Civil Veterinary Department Bihar & Orissa reports 1929-36 - 1929-1936
Year: 1929
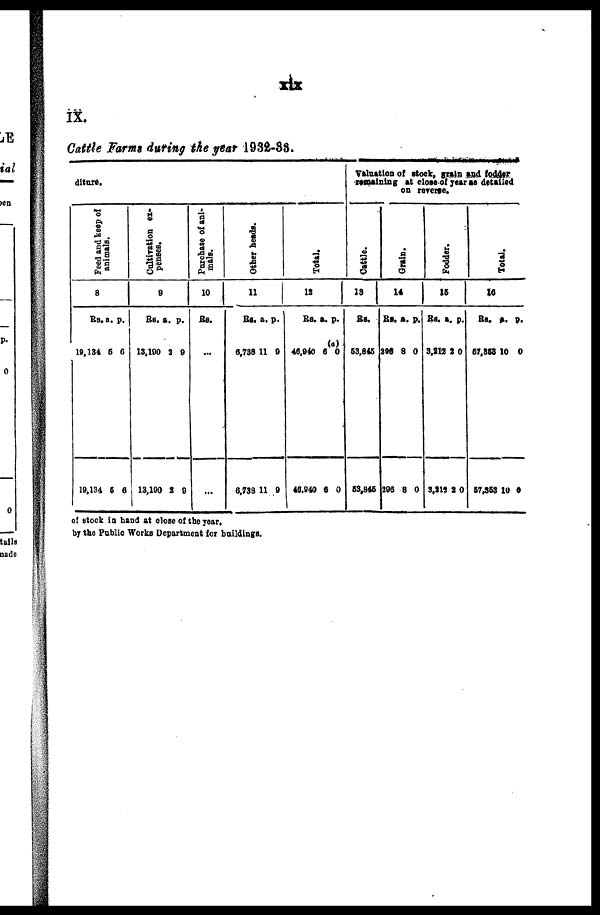
xix
IX.
Cattle Farm during the year 1932-88.
diture.
Peed and keep of
animals.
8
Rs.
19,134
19,134
a.
5
5
p.
6
6
Cultivation ex-
penses.
9
Rs.
13,190
13,190
a.
2
2
p.
9
9
Purchase of ani-
mals.
10
Rs.
...
...
Other beads.
11
Rs.
6,738
6,738
a.
11
11
p.
9
9
Total.
12
Rs.
46,940
46,940
a.
6
6
p.
(a)
0
0
Valuation of stock, grain and fodder
remaining at close of year as detailed
on reserve.
Cattle.
13
Rs.
53,845
53,845
Grain.
14
Rs.
296
296
a.
8
8
p.
0
0
Fodder .
15
Rs.
3,212
3,212
a.
2
2
p.
0
0
Tot al .
16
Rs.
57,858
57,353
a.
10
10
p.
0
0
of stock in hand at close of the year,
by the Public Works Department for buildings.